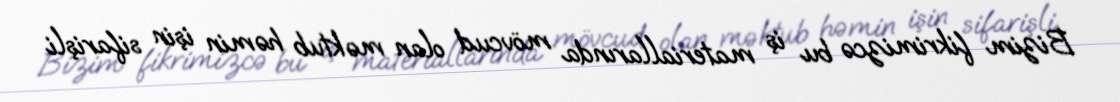
Bizim fikrimizcə bu iş materiallarında mövcud olan məktub həmin işin sifarişli